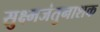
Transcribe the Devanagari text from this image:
सुक्ष्मजंतुनाशक